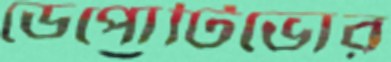
ডেপোর্টিভোর